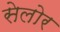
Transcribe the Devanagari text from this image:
सेलोर